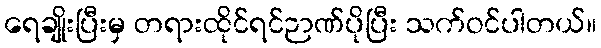
ရေချိုးပြီးမှ တရားထိုင်ရင်ဉာဏ်ပိုပြီး သက်ဝင်ပါတယ်။